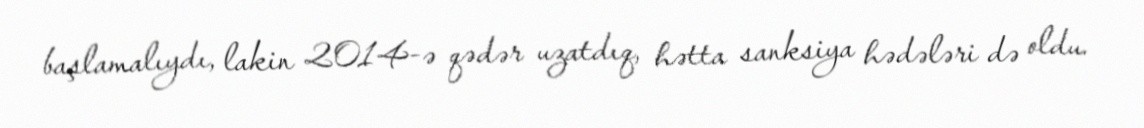
başlamalıydı, lakin 2014-ə qədər uzatdıq, hətta sanksiya hədələri də oldu.